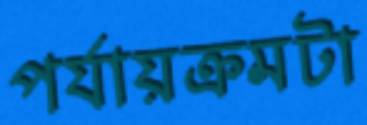
পর্যায়ক্রমটা